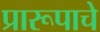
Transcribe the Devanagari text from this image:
प्रारूपाचे